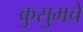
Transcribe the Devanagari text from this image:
कुसुमचे